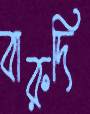
বারুদি